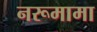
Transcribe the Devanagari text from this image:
नरूमामा